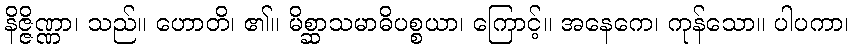
နိဇ္ဇိဏ္ဏာ၊ သည်။ ဟောတိ၊ ၏။ မိစ္ဆာသမာဓိပစ္စယာ၊ ကြောင့်။ အနေကေ၊ ကုန်သော။ ပါပကာ၊